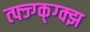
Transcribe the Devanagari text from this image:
त्फ्ज्ग्क्ग्क्झ